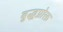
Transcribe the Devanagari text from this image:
बुद्धप्रोक्त